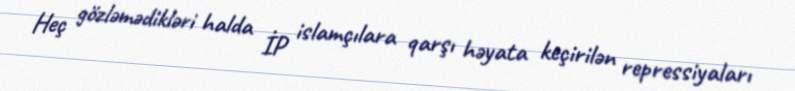
Heç gözləmədikləri halda İP islamçılara qarşı həyata keçirilən repressiyaları